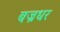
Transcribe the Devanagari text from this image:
बज्रधर